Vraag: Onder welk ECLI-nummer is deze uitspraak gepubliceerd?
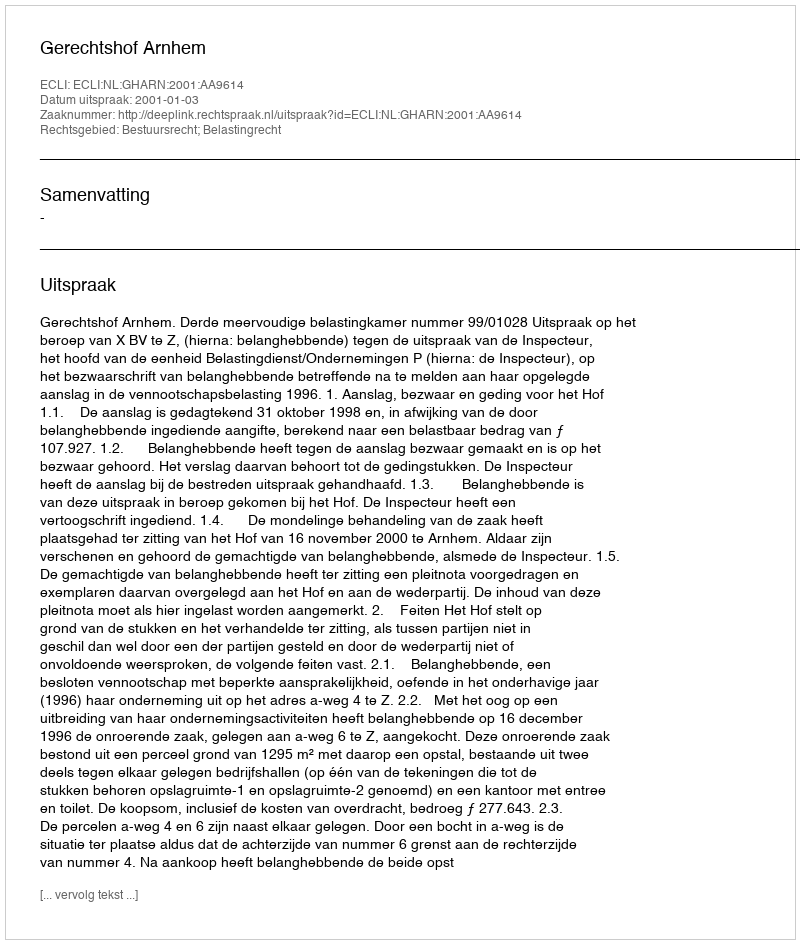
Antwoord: ECLI:NL:GHARN:2001:AA9614